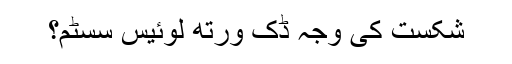
شکست کی وجہ ڈک ورتھ لوئیس سسٹم؟